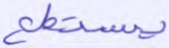
يستطع